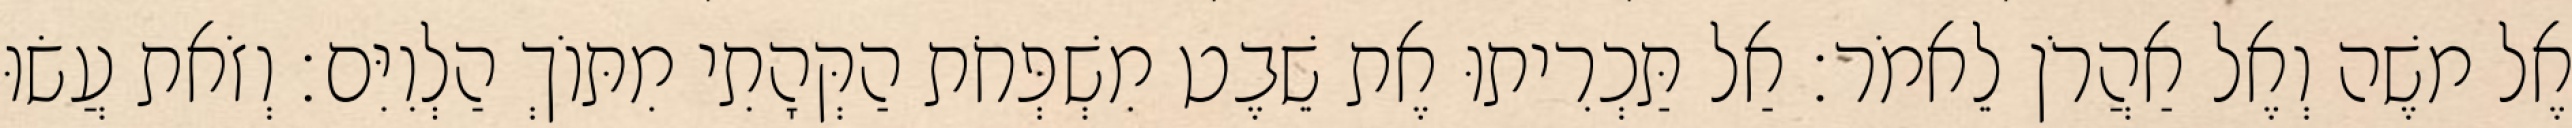
אֶל משֶׁה וְאֶל אַהֲרֹן לֵאמֹר׃ אַל תַּכְרִיתוּ אֶת שֵׁבֶט מִשְׁפְּחֹת הַקְּהָתִי מִתּוֹךְ הַלְוִיִּם׃ וְזֹאת עֲשׂוּ